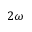
2 \omega